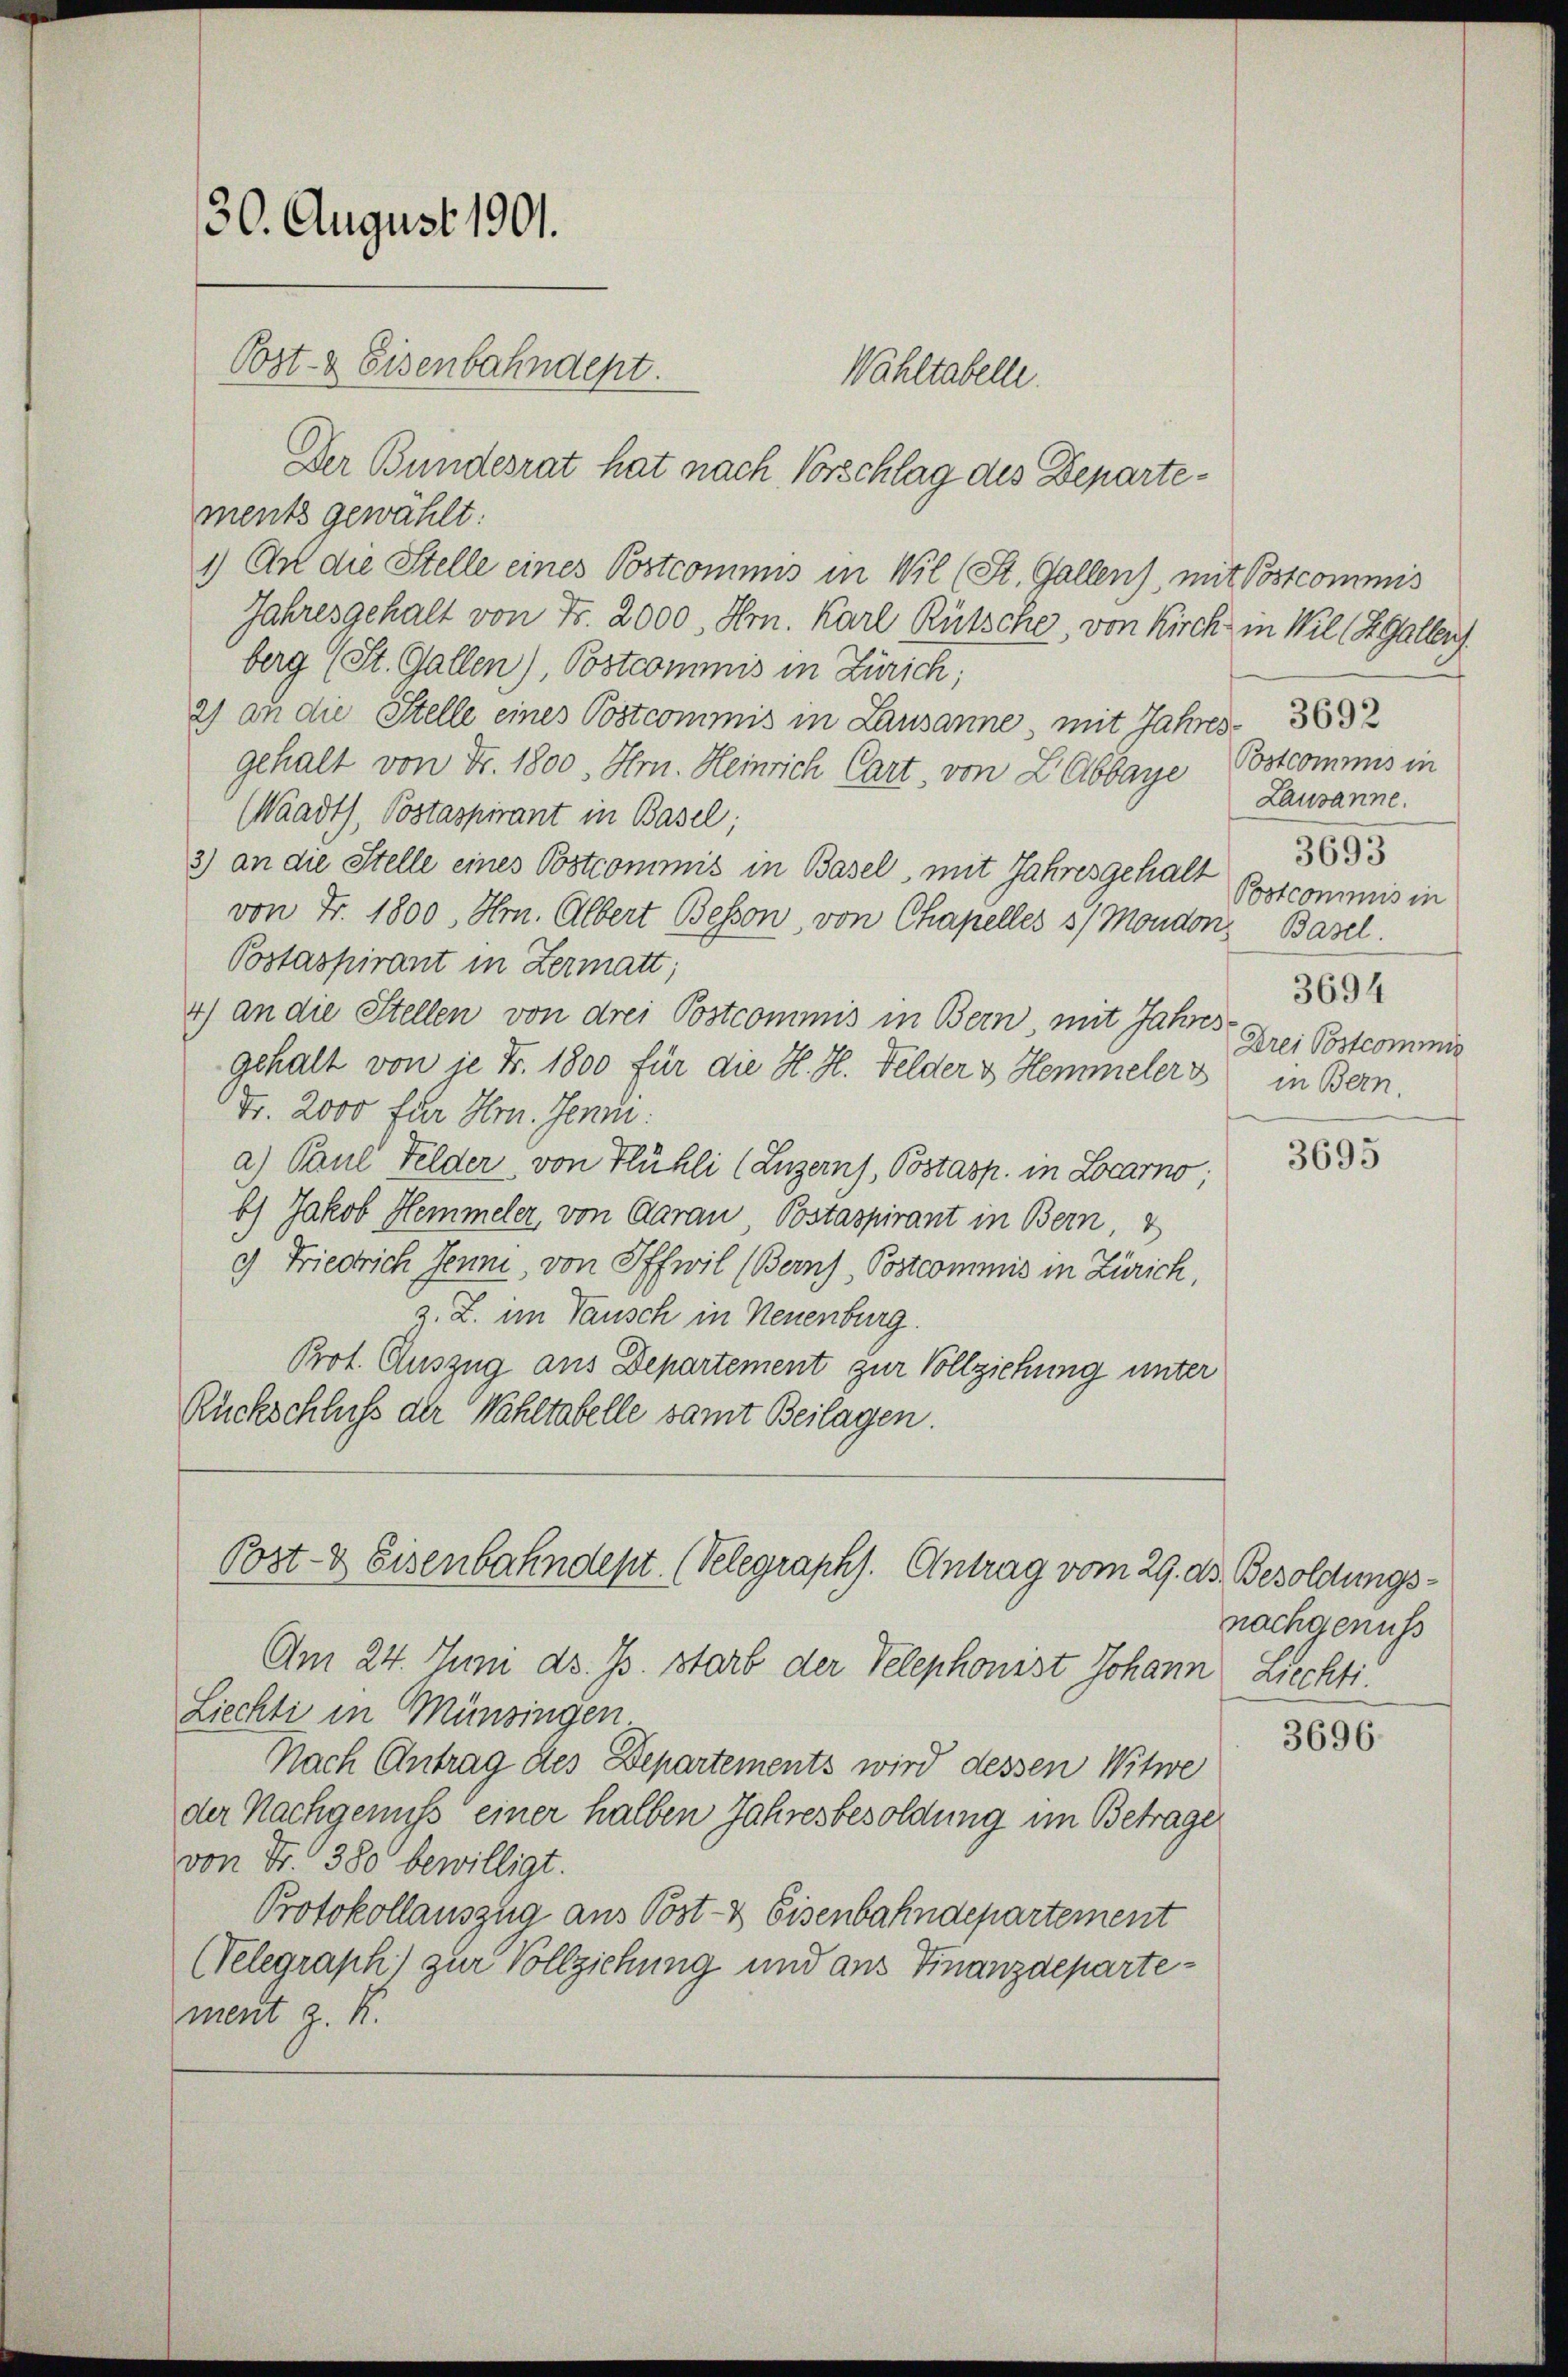
30. August 1901.
Post- & Eisenbahndept.
Wahltabelle.

Der Bundesrat hat nach Vorschlag des Departement gewählt:
1) An die Stelle eines Postcommis in Wil (St. Gallen), mit Postcommis
Jahresgehalt von Fr. 2000, Hrn. Karl Rütsche, von Kirch, in Wil (S. Gallen.
berg (St. Gallen), Postcommis in Zürich;
2) an die Stelle eines Postcommis in Lausanne, mit Jahres
gehalt von Fr. 1800, Hrn. Heinrich Cart, von LAbbaye Bstcommis in
(Waadt, Postaspirant in Basel;
3) an die Stelle eines Postcommis in Basel, mit Jahresgehalt
von Fr. 1800. Hrn. Albert Besson, von Chapelles 3/ Moudon, Basel
Postaspirant in Zermatt;
4) an die Stellen von drei Postcommis in Bern mit Jahres
gehalt von je Fr. 1800 für die H. H. Felder u Hemmelers
Fr. 2000 für Hrn. Jenn
a) Paul Felder, von Flühli (Luzern), Postasp. in Locarno;
b) Jakob Hemmeler, von Aarau Postaspirant in Bern, V
2) Friedrich Jenni, von Offwil (Berns, Postcommis in Zürich,
Z. Z. im Tausch in Neuenburg.
Prot. Auszug aus Departement zur Vollziehung unter
Rückschluß der Wahltabelle samt Beilagen.
Post- & Eisenbahndept. (Velegraphs. Antrag vom 29. ds. Besoldungs¬
Am 24. Juni d. Js. starb der Telephonist Johann Liechti
Liechti in Münsingen
Nach Antrag des Departements wird dessen Witwe
der Nachgenuß einer halben Jahresbesoldung im Betrage
von Fr. 380 bewilligt.
Protokollauszug aus Post- & Eisenbahndepartement
(Telegraph) zur Vollziehung und aus Finanzdepartement z. K.

Lausanne.
3693
Postcommis in
3694
Drei Postcommis
in Bern.

3695

nachgenuss

3696.